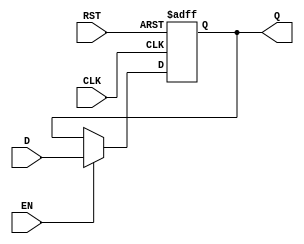
module stage_register #(
    parameter WIDTH = 8 // Parameter to define the width of the register
)(
    input  wire [WIDTH-1:0] D,    // Data Input
    input  wire CLK,               // Clock Input
    input  wire RST,               // Reset Input
    input  wire EN,                // Enable Input
    output reg  [WIDTH-1:0] Q      // Data Output
);

    // Sequential logic for the stage register
    always @(posedge CLK or posedge RST) begin
        if (RST) begin
            Q <= {WIDTH{1'b0}}; // Reset output to zero
        end else if (EN) begin
            Q <= D; // Capture input data on clock edge when enabled
        end
        // If EN is low, Q retains its previous value
    end

endmodule